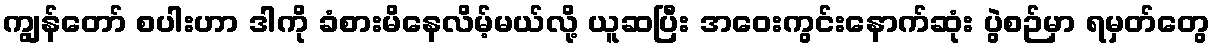
ကျွန်တော် စပါးဟာ ဒါကို ခံစားမိနေလိမ့်မယ်လို့ ယူဆပြီး အဝေးကွင်းနောက်ဆုံး ပွဲစဉ်မှာ ရမှတ်တွေ